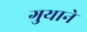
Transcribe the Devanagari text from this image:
गुयाने